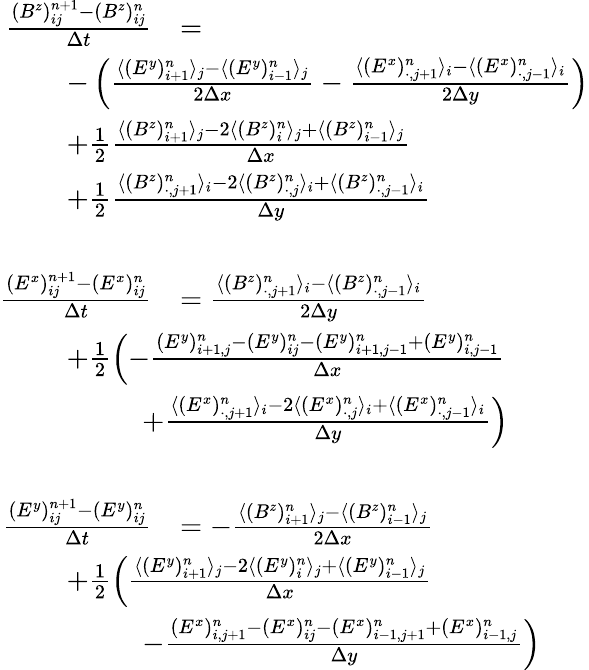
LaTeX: \begin{array}{rl}{\frac{(B^{z})_{ij}^{n+1}-(B^{z})_{ij}^{n}}{\Delta t}}&{=}\\ &{\! \! \! \! \! \! \! \! \! \! \! \! \! \! \! \! \! \! \! \! \! \! \! \! -\left(\frac{\langle(E^{y})_{i+1}^{n}\rangle_{j}-\langle(E^{y})_{i-1}^{n}\rangle_{j}}{2\Delta x}-\frac{\langle(E^{x})_{\cdot,j+1}^{n}\rangle_{i}-\langle(E^{x})_{\cdot,j-1}^{n}\rangle_{i}}{2\Delta y}\right)}\\ &{\! \! \! \! \! \! \! \! \! \! \! \! \! \! \! \! \! \! \! \! \! \! \! \! +\frac 12\frac{\langle(B^{z})_{i+1}^{n}\rangle_{j}-2\langle(B^{z})_{i}^{n}\rangle_{j}+\langle(B^{z})_{i-1}^{n}\rangle_{j}}{\Delta x}}\\ &{\! \! \! \! \! \! \! \! \! \! \! \! \! \! \! \! \! \! \! \! \! \! \! \! +\frac 12\frac{\langle(B^{z})_{\cdot,j+1}^{n}\rangle_{i}-2\langle(B^{z})_{\cdot,j}^{n}\rangle_{i}+\langle(B^{z})_{\cdot,j-1}^{n}\rangle_{i}}{\Delta y}}\\ {\phantom{m}}\\ {\frac{(E^{x})_{ij}^{n+1}-(E^{x})_{ij}^{n}}{\Delta t}}&{=\frac{\langle(B^{z})_{\cdot,j+1}^{n}\rangle_{i}-\langle(B^{z})_{\cdot,j-1}^{n}\rangle_{i}}{2\Delta y}}\\ &{\! \! \! \! \! \! \! \! \! \! \! \! \! \! \! \! \! \! \! \! \! \! \! \! +\frac 12\left(-\frac{(E^{y})_{i+1,j}^{n}-(E^{y})_{ij}^{n}-(E^{y})_{i+1,j-1}^{n}+(E^{y})_{i,j-1}^{n}}{\Delta x}\right.}\\ &{\! \! \! \! \! \! \! \! \left.+\frac{\langle(E^{x})_{\cdot,j+1}^{n}\rangle_{i}-2\langle(E^{x})_{\cdot,j}^{n}\rangle_{i}+\langle(E^{x})_{\cdot,j-1}^{n}\rangle_{i}}{\Delta y}\right)}\\ {\phantom{m}}\\ {\frac{(E^{y})_{ij}^{n+1}-(E^{y})_{ij}^{n}}{\Delta t}}&{=-\frac{\langle(B^{z})_{i+1}^{n}\rangle_{j}-\langle(B^{z})_{i-1}^{n}\rangle_{j}}{2\Delta x}}\\ &{\! \! \! \! \! \! \! \! \! \! \! \! \! \! \! \! \! \! \! \! \! \! \! \! +\frac 12\left(\frac{\langle(E^{y})_{i+1}^{n}\rangle_{j}-2\langle(E^{y})_{i}^{n}\rangle_{j}+\langle(E^{y})_{i-1}^{n}\rangle_{j}}{\Delta x}\right.}\\ &{\! \! \! \! \! \! \! \! \left.-\frac{(E^{x})_{i,j+1}^{n}-(E^{x})_{ij}^{n}-(E^{x})_{i-1,j+1}^{n}+(E^{x})_{i-1,j}^{n}}{\Delta y}\right)}\end{array}